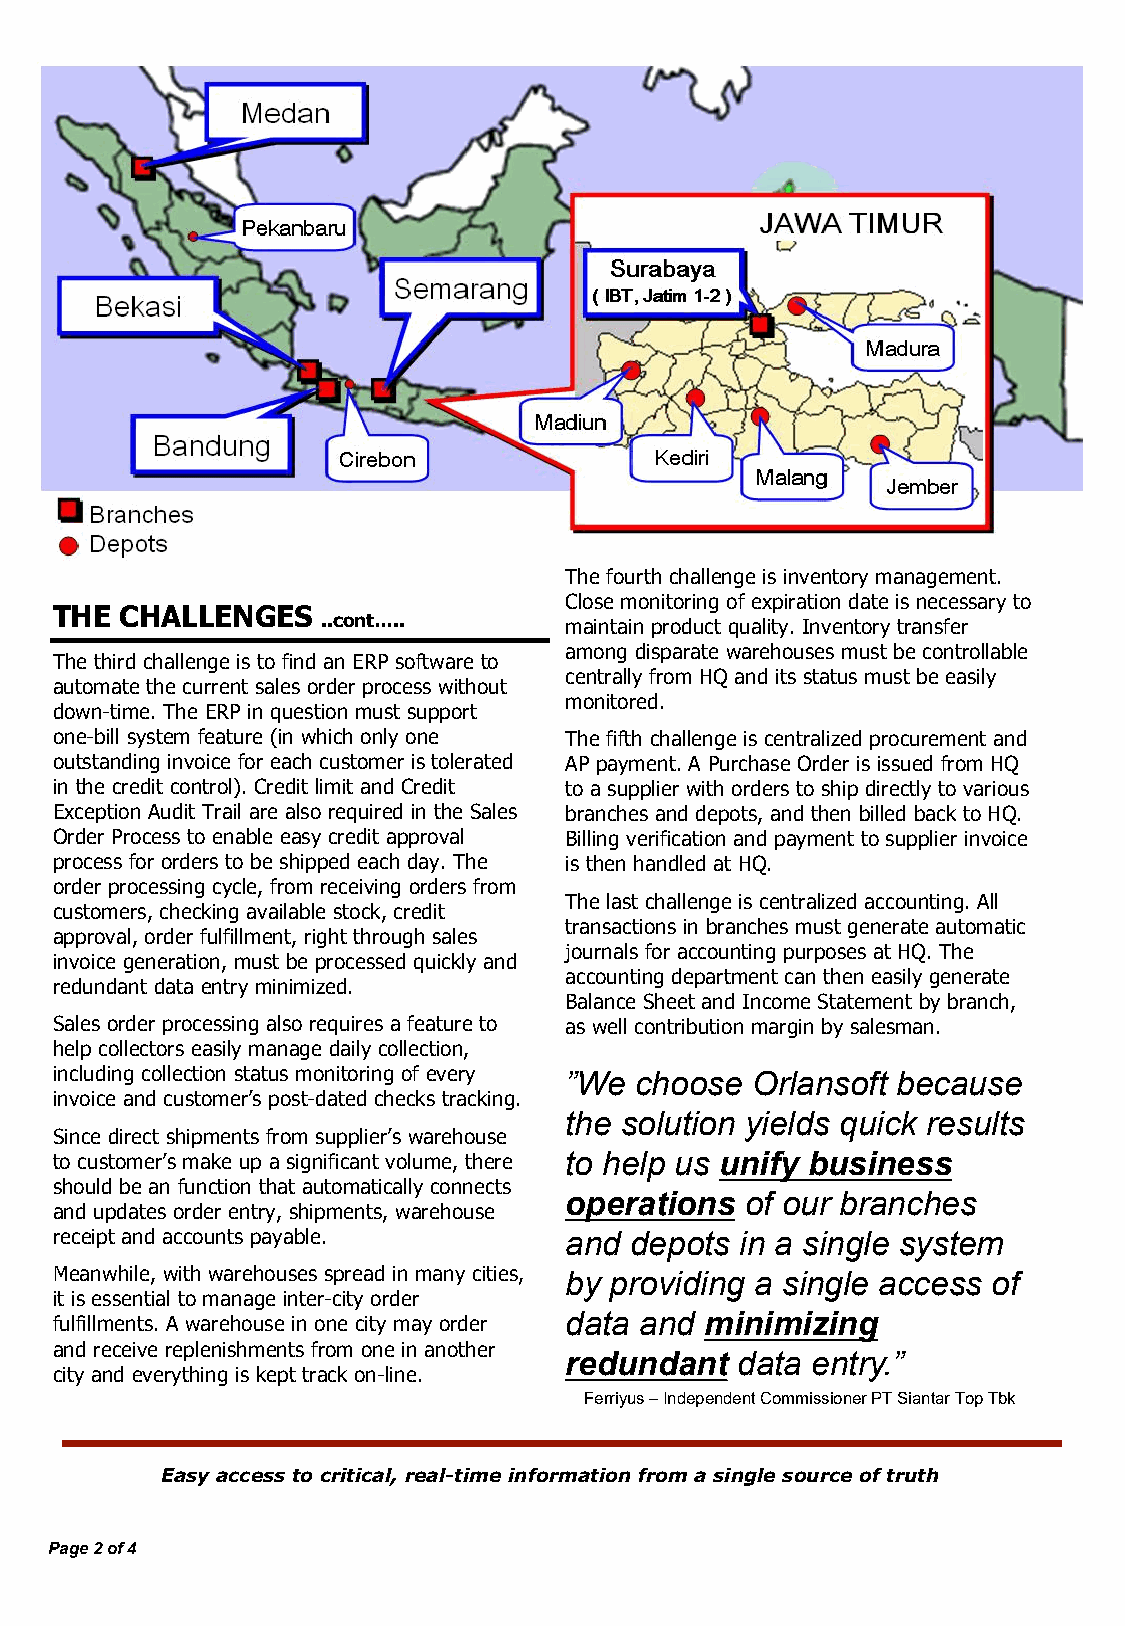
The fourth challenge is inventory management.
 Close monitoring of expiration date is necessary to
 THE  CHALLENGES   ..cont…..       maintain product quality. Inventory transfer
 among disparate warehouses must be controllable
 The third challenge is to find an ERP software to
 centrally from HQ and its status must be easily
 automate the current sales order process without
 monitored.
 down-time. The ERP in question must support
 one-bill system feature (in which only one The fifth challenge is centralized procurement and
 outstanding invoice for each customer is tolerated AP payment. A Purchase Order is issued from HQ
 in the credit control). Credit limit and Credit to a supplier with orders to ship directly to various
 Exception Audit Trail are also required in the Sales branches and depots, and then billed back to HQ.
 Order Process to enable easy credit approval Billing verification and payment to supplier invoice
 process for orders to be shipped each day. The is then handled at HQ.
 order processing cycle, from receiving orders from
 The last challenge is centralized accounting. All
 customers, checking available stock, credit
 transactions in branches must generate automatic
 approval, order fulfillment, right through sales
 journals for accounting purposes at HQ. The
 invoice generation, must be processed quickly and
 accounting department can then easily generate
 redundant data entry minimized.
 Balance Sheet and Income Statement by branch,
 Sales order processing also requires a feature to as well contribution margin by salesman.
 help collectors easily manage daily collection,
 including collection status monitoring of every ”We choose Orlansoft because
 invoice and customer’s post-dated checks tracking.
 the solution yields quick results
 Since direct shipments from supplier’s warehouse
 to customer’s make up a significant volume, there to help us unify business
 should be an function that automatically connects
 operations  of our branches
 and updates order entry, shipments, warehouse
 receipt and accounts payable.     and  depots in a single system
 Meanwhile, with warehouses spread in many cities, by providing a single access of
 it is essential to manage inter-city order
 fulfillments. A warehouse in one city may order data and minimizing
 and receive replenishments from one in another
 redundant   data entry.”
 city and everything is kept track on-line.
 Ferriyus – Independent Commissioner PT Siantar Top Tbk
 Easy access to critical, real-time information from a single source of truth
 Page 2 of 4